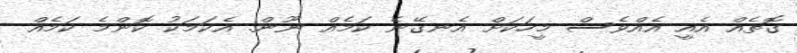
ގޮތެއް އެއީ އެއްވެސް މީހަކަށް އެނގޭނެ ކަމެއް ނޫން. އެކަމަކު ކޮންމެ ކަމެއް